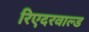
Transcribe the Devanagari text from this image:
रिएदरवाल्ड